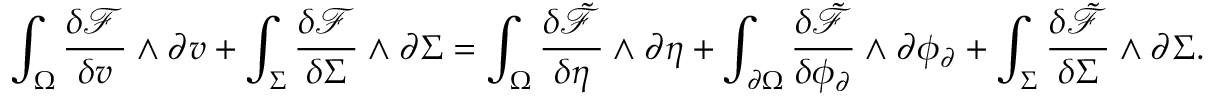
\int _ { \Omega } \frac { \delta \mathcal { F } } { \delta v } \wedge \partial v + \int _ { \Sigma } \frac { \delta \mathcal { F } } { \delta \Sigma } \wedge \partial \Sigma = \int _ { \Omega } \frac { \delta \tilde { \mathcal { F } } } { \delta \eta } \wedge \partial \eta + \int _ { \partial \Omega } \frac { \delta \tilde { \mathcal { F } } } { \delta \phi _ { \partial } } \wedge \partial \phi _ { \partial } + \int _ { \Sigma } \frac { \delta \tilde { \mathcal { F } } } { \delta \Sigma } \wedge \partial \Sigma .